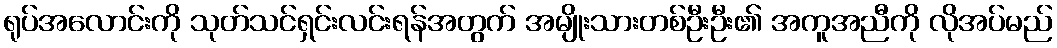
ရုပ်အလောင်းကို သုတ်သင်ရှင်းလင်းရန်အတွက် အမျိုးသားတစ်ဦးဦး၏ အကူအညီကို လိုအပ်မည်